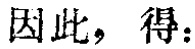
因此，得：